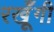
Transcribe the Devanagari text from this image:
रखूँगी